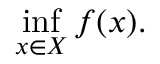
\operatorname* { i n f } _ { x \in X } f ( x ) .